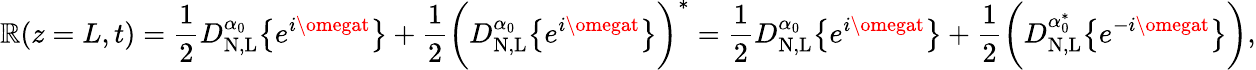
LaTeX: \mathbb{R}(z=L,t)=\frac{{1}}{{2}}D_{\mathrm{{N,L}}}^{\alpha_{0}}\big\{ {e^{i\omegat}\big\} }+\frac{{1}}{{2}}\bigg(D_{\mathrm{{N,L}}}^{\alpha_{0}}\big\{ {e^{i\omegat}\big\} }\bigg)^{*}=\frac{{1}}{{2}}D_{\mathrm{{N,L}}}^{\alpha_{0}}\big\{ {e^{i\omegat}\big\} }+\frac{{1}}{{2}}\bigg(D_{\mathrm{{N,L}}}^{\alpha_{0}^{*}}\big\{ {e^{-i\omegat}\big\} }\bigg),